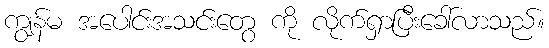
ကျွန်မ အပေါင်းအသင်းတွေ ကို လိုက်ရှာပြီးခေါ်လာသည်။